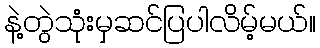
နဲ့တွဲသုံးမှဆင်ပြပါလိမ့်မယ်။